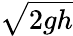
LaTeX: \sqrt{2gh}